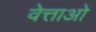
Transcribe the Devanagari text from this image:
वेत्ताओं